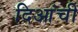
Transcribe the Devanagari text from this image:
दिआंची